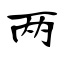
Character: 两